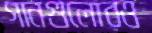
গানগুলোরও